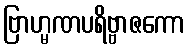
ဗြာဟ္မဏပရိဗ္ဗာဇကော